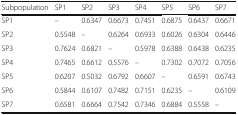
| Subpopulation | SP1 | SP2 | SP3 | SP4 | SP5 | SP6 | SP7 |
 | --- | --- | --- | --- | --- | --- | --- | --- |
 | SP1 | – | 0.6347 | 0.6673 | 0.7451 | 0.6875 | 0.6437 | 0.6671 |
 | SP2 | 0.5548 | – | 0.6264 | 0.6933 | 0.6026 | 0.6304 | 0.6446 |
 | SP3 | 0.7624 | 0.6821 | – | 0.5978 | 0.6388 | 0.6438 | 0.6235 |
 | SP4 | 0.7465 | 0.6612 | 0.5576 | – | 0.7302 | 0.7072 | 0.7056 |
 | SP5 | 0.6207 | 0.5032 | 0.6792 | 0.6607 | – | 0.6591 | 0.6743 |
 | SP6 | 0.5844 | 0.6107 | 0.7482 | 0.7151 | 0.6235 | – | 0.6109 |
 | SP7 | 0.6581 | 0.6664 | 0.7542 | 0.7346 | 0.6884 | 0.5558 | – |